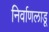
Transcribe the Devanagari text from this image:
निर्वाणलाडू